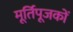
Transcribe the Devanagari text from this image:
मूर्तिपूजकों